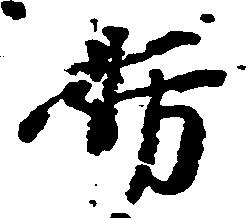
妨